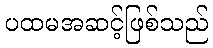
ပထမအဆင့်ဖြစ်သည်